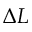
\Delta L